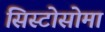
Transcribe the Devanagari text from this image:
सिस्टोसोमा